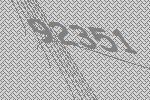
92351